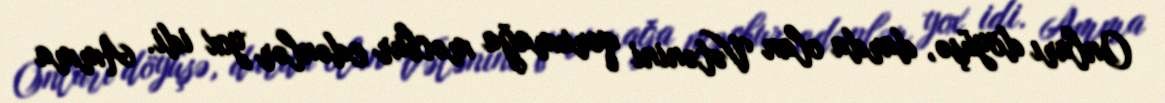
Onları döyüşə, darda olan Vətənini qorumağa məcbur edənlər yox idi. Amma